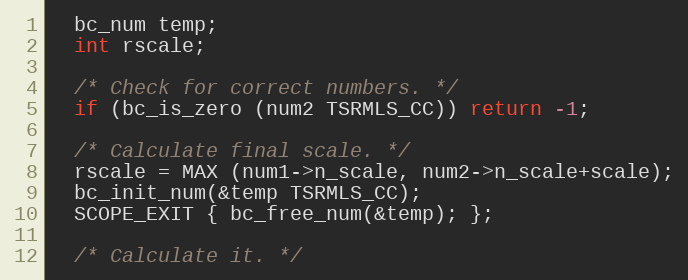
Language: C++
  bc_num temp;
  int rscale;

  /* Check for correct numbers. */
  if (bc_is_zero (num2 TSRMLS_CC)) return -1;

  /* Calculate final scale. */
  rscale = MAX (num1->n_scale, num2->n_scale+scale);
  bc_init_num(&temp TSRMLS_CC);
  SCOPE_EXIT { bc_free_num(&temp); };

  /* Calculate it. */